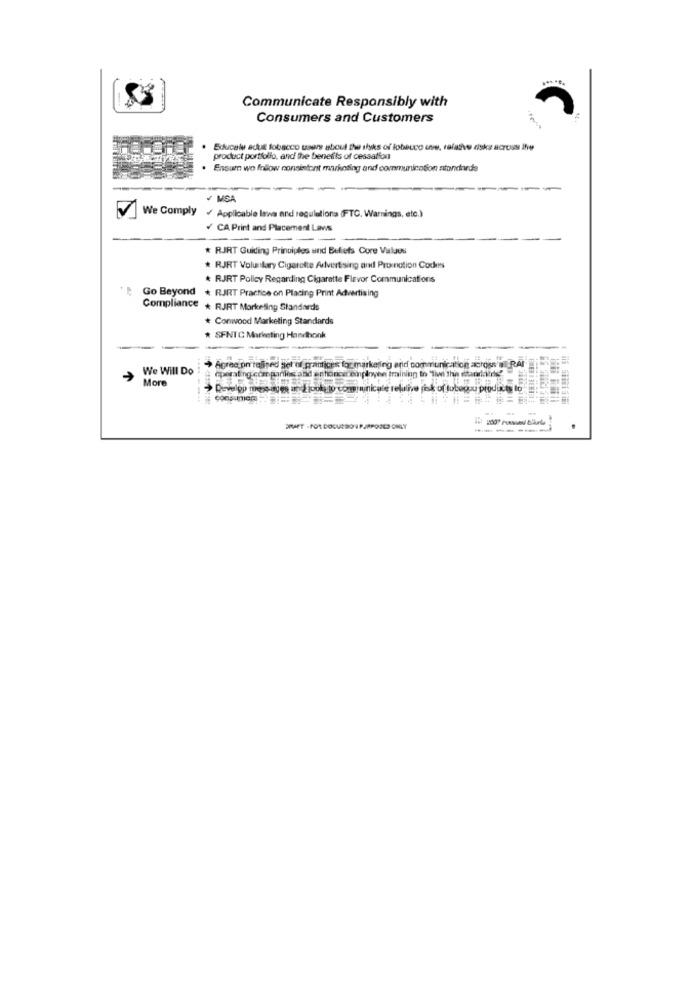
Communicate Responsibly with
Consumers and Customers
Educalu adul tobacco users about the ilyks of lobeuco uve, relative disks across the
product portfolio, and the benefits of cessation
Ensure we follow consistent marketing and communication standards
------
MSA
We Comply
/ Applicable lawa and regulations (FTC, Warnings, etc.)
CA Print and Placement Laws
* RJRT Guiding Principles und Beliefs Core Values
* RJRT Voluntary Cigarette Advertising and Promotion Codes
* RJRT Policy Regarding Cigarette Flavor Communications
Go Beyond + RJRT Practice on Placing Print Advertising
Compliance + RJRT Marketing Standards
* Conwood Marketing Standards
* SFNTC Marketing Handhonk
We Will Do
Agree on refined set of practices for marketing and communication across'a RAI
More
operating companies and achance employee training to "That the datadans
Develop nes ages andlookto communicate relative risk of lubogou produ
ERMET - FOR DOCUSSON PURPOSES ONLY
-----